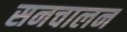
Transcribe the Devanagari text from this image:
सनचालन